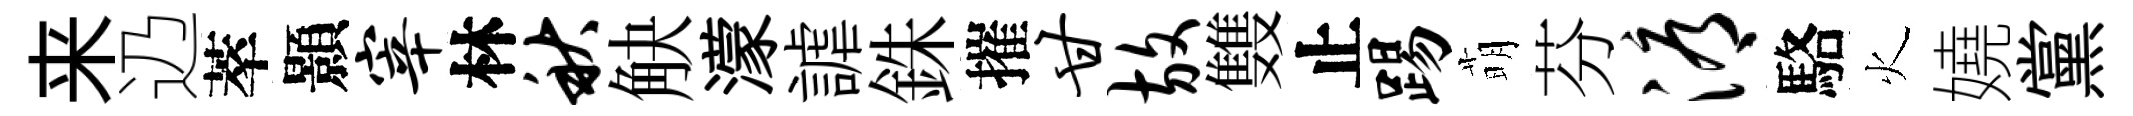
来辸萃顥宰林秋觖濛謔銖摧甘放䨇止踢萌芬溽駱火嬈黨